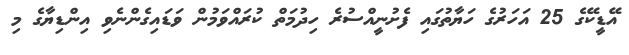
އޭޑީކޭގެ 25 އަހަރުގެ ހަޔާތުގައި ފެށުނީއްސުރެ ހިދުމަތް ކުރައްވަމުން ވަޑައިގެންނެވި އިންޑިޔާގެ މި